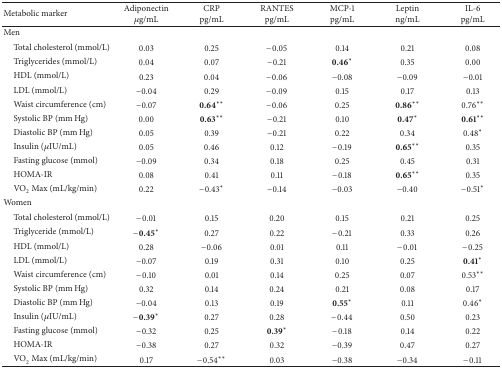
<table><thead><tr><td><b>Metabolic marker</b></td><td><b>Adiponectin <i>μ</i>g/mL</b></td><td><b>CRPpg/mL</b></td><td><b>RANTESpg/mL</b></td><td><b>MCP-1 pg/mL</b></td><td><b>Leptinng/mL</b></td><td><b>IL-6pg/mL</b></td></tr></thead><tbody><tr><td>Men</td><td> </td><td> </td><td> </td><td> </td><td> </td><td> </td></tr><tr><td> Total cholesterol (mmol/L)</td><td>0.03</td><td>0.25</td><td>−0.05</td><td>0.14</td><td>0.21</td><td>0.08</td></tr><tr><td> Triglycerides (mmol/L)</td><td>0.04</td><td>0.07</td><td>−0.21</td><td><b>0.46</b>*</td><td>0.35</td><td>0.00</td></tr><tr><td> HDL (mmol/L)</td><td>0.23</td><td>0.04</td><td>−0.06</td><td>−0.08</td><td>−0.09</td><td>−0.01</td></tr><tr><td> LDL (mmol/L)</td><td>−0.04</td><td>0.29</td><td>−0.09</td><td>0.15</td><td>0.17</td><td>0.13</td></tr><tr><td> Waist circumference (cm)</td><td>−0.07</td><td><b>0.64</b>**</td><td>−0.06</td><td>0.25</td><td><b>0.86</b>**</td><td>0.76**</td></tr><tr><td> Systolic BP (mm Hg)</td><td>0.00</td><td><b>0.63</b>**</td><td>−0.21</td><td>0.10</td><td><b>0.47</b>*</td><td><b>0.61</b>**</td></tr><tr><td> Diastolic BP (mm Hg)</td><td>0.05</td><td>0.39</td><td>−0.21</td><td>0.22</td><td>0.34</td><td>0.48*</td></tr><tr><td> Insulin (<i>μ</i>IU/mL)</td><td>0.05</td><td>0.46</td><td>0.12</td><td>−0.19</td><td><b>0.65</b>**</td><td>0.35</td></tr><tr><td> Fasting glucose (mmol)</td><td>−0.09</td><td>0.34</td><td>0.18</td><td>0.25</td><td>0.45</td><td>0.31</td></tr><tr><td> HOMA-IR</td><td>0.08</td><td>0.41</td><td>0.11</td><td>−0.18</td><td><b>0.65</b>**</td><td>0.35</td></tr><tr><td> VO<sub>2</sub> Max (mL/kg/min)</td><td>0.22</td><td>−0.43*</td><td>−0.14</td><td>−0.03</td><td>−0.40</td><td>−0.51*</td></tr><tr><td>Women</td><td> </td><td> </td><td> </td><td> </td><td> </td><td> </td></tr><tr><td> Total cholesterol (mmol/L)</td><td>−0.01</td><td>0.15</td><td>0.20</td><td>0.15</td><td>0.21</td><td>0.25</td></tr><tr><td> Triglyceride (mmol/L)</td><td>−<b>0.45</b>*</td><td>0.27</td><td>0.22</td><td>−0.21</td><td>0.33</td><td>0.26</td></tr><tr><td> HDL (mmol/L)</td><td>0.28</td><td>−0.06</td><td>0.01</td><td>0.11</td><td>−0.01</td><td>−0.25</td></tr><tr><td> LDL (mmol/L)</td><td>−0.07</td><td>0.19</td><td>0.31</td><td>0.10</td><td>0.25</td><td><b>0.41</b>*</td></tr><tr><td> Waist circumference (cm)</td><td>−0.10</td><td>0.01</td><td>0.14</td><td>0.25</td><td>0.07</td><td>0.53**</td></tr><tr><td> Systolic BP (mm Hg)</td><td>0.32</td><td>0.14</td><td>0.24</td><td>0.21</td><td>0.08</td><td>0.17</td></tr><tr><td> Diastolic BP (mm Hg)</td><td>−0.04</td><td>0.13</td><td>0.19</td><td><b>0.55</b>*</td><td>0.11</td><td>0.46*</td></tr><tr><td> Insulin (<i>μ</i>IU/mL)</td><td>−<b>0.39</b>*</td><td>0.27</td><td>0.28</td><td>−0.44</td><td>0.50</td><td>0.23</td></tr><tr><td> Fasting glucose (mmol)</td><td>−0.32</td><td>0.25</td><td><b>0.39</b>*</td><td>−0.18</td><td>0.14</td><td>0.22</td></tr><tr><td> HOMA-IR</td><td>−0.38</td><td>0.27</td><td>0.32</td><td>−0.39</td><td>0.47</td><td>0.27</td></tr><tr><td> VO<sub>2</sub> Max (mL/kg/min)</td><td>0.17</td><td>−0.54**</td><td>0.03</td><td>−0.38</td><td>−0.34</td><td>−0.11</td></tr></tbody></table>